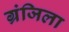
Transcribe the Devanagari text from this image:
ग्रंजिला